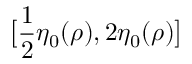
\bigl [ \frac 1 2 \eta _ { 0 } ( \rho ) , 2 \eta _ { 0 } ( \rho ) \bigr ]